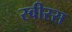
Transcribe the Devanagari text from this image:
स्वीस्स